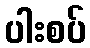
ပါးစပ်